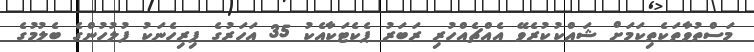
މަސްތުވާތަކެތިކަމަށް ޝައްކުކުރެވޭ އެއްޗެއްހުރި ރަބަރު ޕެކެޓަކާއެކު 35 އަހަރުގެ ފިރިހެނަކު ފުލުހުންގެ ބެލުމުގެ